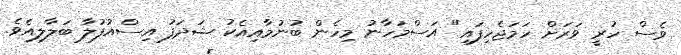
ވެސް ހުރީ ވަރަށް ހަމަޖެހިފައި" އަސްމަހާނު މިހެން ބުނުމާއިއެކު ޝަދަފު އިސްއުފުލާ ބަލާލިއެވެ.